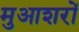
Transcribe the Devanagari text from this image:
मुआशरों